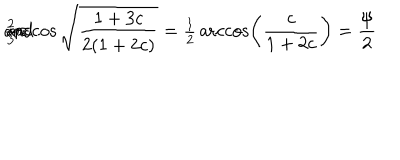
LaTeX: { \textstyle { \frac { 2 } { 3 } } } \pi \hspace { 6 m m } \mathrm { a n d } \hspace { 6 m m } \operatorname { a r c c o s } \sqrt { \frac { 1 + 3 c } { 2 ( 1 + 2 c ) } } = { \textstyle { \frac { 1 } { 2 } } } \operatorname { a r c c o s } \left( \frac { c } { 1 + 2 c } \right) = \frac { \psi } { 2 }